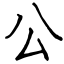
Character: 公